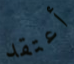
أعتقد